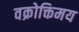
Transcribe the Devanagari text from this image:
वक्रोक्तिमय